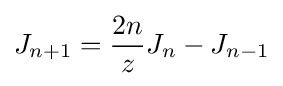
J_{n+1}={\frac {2n}{z}}J_{n}-J_{n-1}